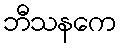
ဘီသနကေ